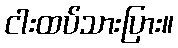
ငါးထပ်သားပြား။